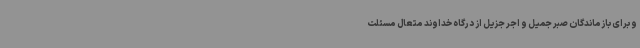
و برای بازماندگان صبر جمیل و اجر جزیل از درگاه خداوند متعال مسئلت